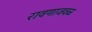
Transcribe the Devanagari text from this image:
रावणाजवळ